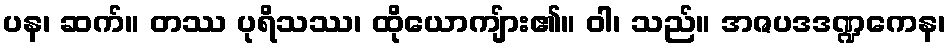
ပန၊ ဆက်။ တဿ ပုရိသဿ၊ ထိုယောကျ်ား၏။ ဝါ၊ သည်။ အဇပဒဒဏ္ဍကေန၊